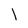
Character: l